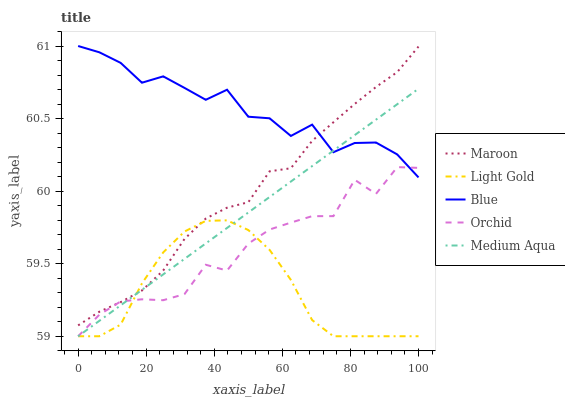
| xaxis_label | Maroon | Light Gold | Blue | Orchid | Medium Aqua |
 | --- | --- | --- | --- | --- | --- |
 | 0 | 59.1 | 59 | 61 | 59 | 59 |
 | 6.25 | 59.2 | 59 | 61 | 59.1 | 59.1 |
 | 12.5 | 59.2 | 59.1 | 60.9 | 59.2 | 59.2 |
 | 18.8 | 59.3 | 59.4 | 60.7 | 59.3 | 59.3 |
 | 25 | 59.5 | 59.6 | 60.8 | 59.2 | 59.4 |
 | 31.2 | 59.7 | 59.7 | 60.7 | 59.3 | 59.5 |
 | 37.5 | 59.8 | 59.8 | 60.6 | 59.5 | 59.6 |
 | 43.8 | 59.9 | 59.8 | 60.7 | 59.5 | 59.7 |
 | 50 | 59.9 | 59.7 | 60.5 | 59.6 | 59.9 |
 | 56.2 | 60.1 | 59.6 | 60.5 | 59.7 | 60 |
 | 62.5 | 60.2 | 59.4 | 60.4 | 59.8 | 60.1 |
 | 68.8 | 60.3 | 59.1 | 60.5 | 59.8 | 60.2 |
 | 75 | 60.5 | 59 | 60.3 | 59.8 | 60.3 |
 | 81.2 | 60.6 | 59 | 60.3 | 60.1 | 60.4 |
 | 87.5 | 60.7 | 59 | 60.3 | 60 | 60.5 |
 | 93.8 | 60.8 | 59 | 60.3 | 60.2 | 60.6 |
 | 100 | 61 | 59 | 60.1 | 60.2 | 60.7 |